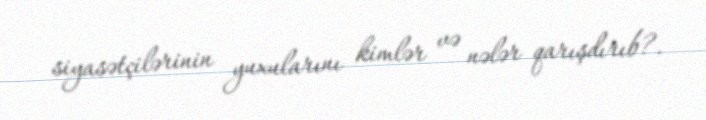
siyasətçilərinin yuxularını kimlər və nələr qarışdırıb?.